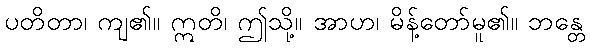
ပတိတာ၊ ကျ၏။ ဣတိ၊ ဤသို့။ အာဟ၊ မိန့်တော်မူ၏။ ဘန္တေ